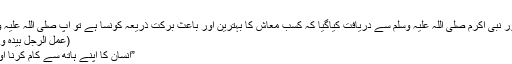
”
ایک مرتبہ حضور نبی اکرم صلی اللہ علیہ وسلم سے دریافت کیاگیا کہ کسب ِمعاش کا بہترین اور باعث برکت ذریعہ کونسا ہے تو آپ صلی اللہ علیہ وسلم نے فرمایا :
(عَمَلُ الرَّجُلِ بِیَدِہٖ وَکُلُّ بَیْعٍ مَبْرُور)5
”انسان کا اپنے ہاتھ سے کام کرنا اور ہر بیع مبرور۔